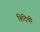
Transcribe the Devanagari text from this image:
शिंदेची